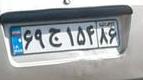
۶۹ج۱۵۴۸۶